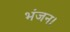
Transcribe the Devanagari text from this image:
भंजन।